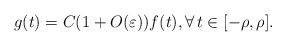
LaTeX: \begin{align*} g(t)= C(1+O(\varepsilon)) f(t), \forall\,t\in [-\rho,\rho]. \end{align*}